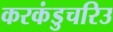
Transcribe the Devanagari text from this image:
करकंडुचरिउ